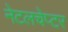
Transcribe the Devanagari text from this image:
नेटलचेप्टर